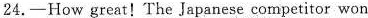
24.—How great! The Japanese competitor won